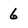
Character: 6